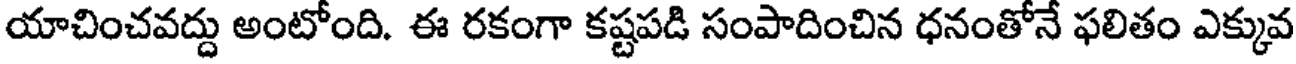
యాచించవద్దు అంటోంది. ఈ రకంగా కష్టపడి సంపాదించిన ధనంతోనే ఫలితం ఎక్కువ